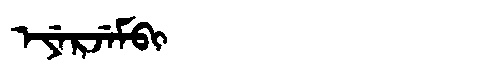
Manchu: ᡝᠶᡝᡵᠵᡝᠮᠪᡳ
Romanization: EYERJEMBI